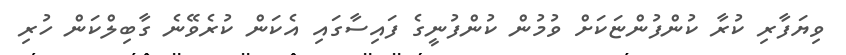
ވިޔަފާރި ކުރާ ކުންފުންޏަކަށް ވުމުން ކުންފުނީގެ ފައިސާގައި އެކަން ކުރެވޭނެ ގާބިލްކަން ހުރި